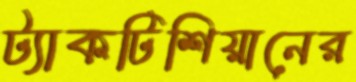
ট্যাকটিশিয়ানের